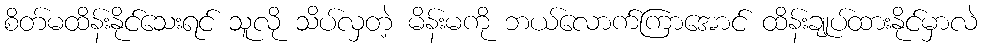
စိတ်မထိန်းနိုင်သေးရင် သူလို သိပ်လှတဲ့ မိန်းမကို ဘယ်လောက်ကြာအောင် ထိန်းချုပ်ထားနိုင်မှာလဲ